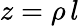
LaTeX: z=\rho\, l